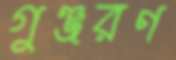
গুঞ্জরণ